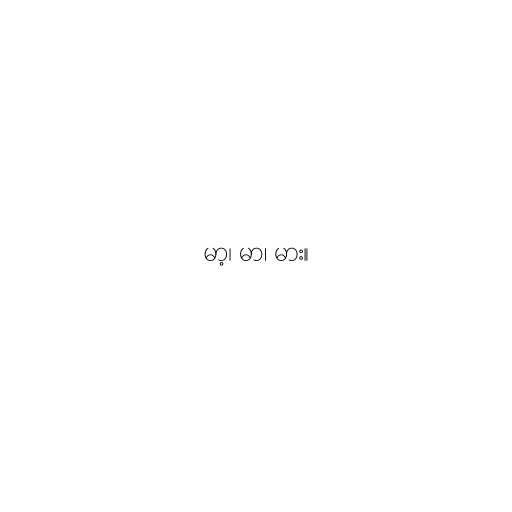
မာ့၊ မာ၊ မား။